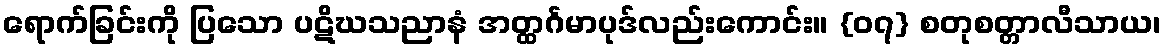
ရောက်ခြင်းကို ပြသော ပဋိဃသညာနံ အတ္ထင်္ဂမာပုဒ်လည်းကောင်း။ {၀၇} စတုစတ္တာလီသာယ၊